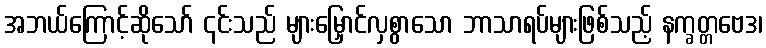
အဘယ်ကြောင့်ဆိုသော် ၎င်းသည် များမြှောင်လှစွာသော ဘာသာရပ်များဖြစ်သည့် နက္ခတ္တဗေဒ၊